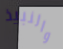
والنبيذ